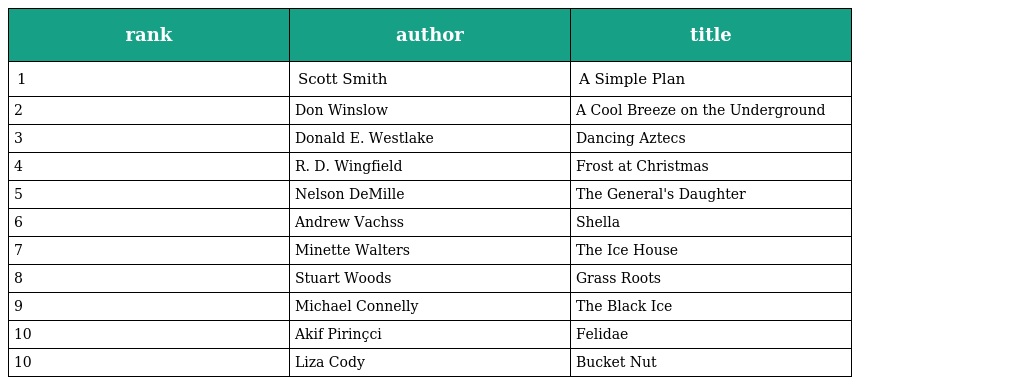
| rank | author | title |
 | --- | --- | --- |
 | 1 | Scott Smith | A Simple Plan |
 | 2 | Don Winslow | A Cool Breeze on the Underground |
 | 3 | Donald E. Westlake | Dancing Aztecs |
 | 4 | R. D. Wingfield | Frost at Christmas |
 | 5 | Nelson DeMille | The General's Daughter |
 | 6 | Andrew Vachss | Shella |
 | 7 | Minette Walters | The Ice House |
 | 8 | Stuart Woods | Grass Roots |
 | 9 | Michael Connelly | The Black Ice |
 | 10 | Akif Pirinçci | Felidae |
 | 10 | Liza Cody | Bucket Nut |